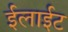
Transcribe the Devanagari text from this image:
ईलाईट